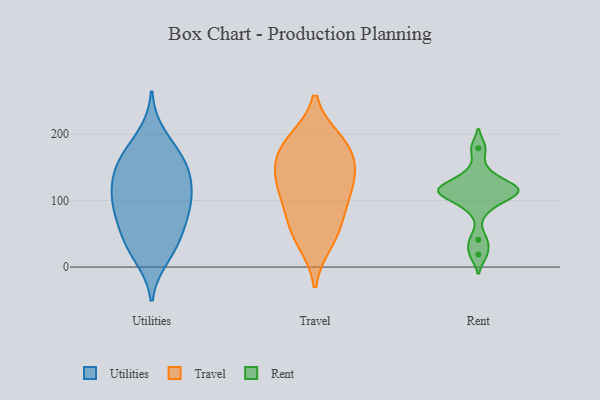
{"axis": {"x": "Customer Acquisition Cost (USD)", "y": "Value"}, "legend": ["Rent", "Travel", "Utilities"], "data": [{"x": "", "y": 159, "type": "Utilities"}, {"x": "", "y": 106, "type": "Utilities"}, {"x": "", "y": 84, "type": "Utilities"}, {"x": "", "y": 199, "type": "Utilities"}, {"x": "", "y": 110, "type": "Utilities"}, {"x": "", "y": 103, "type": "Utilities"}, {"x": "", "y": 78, "type": "Utilities"}, {"x": "", "y": 163, "type": "Utilities"}, {"x": "", "y": 15, "type": "Utilities"}, {"x": "", "y": 125, "type": "Utilities"}, {"x": "", "y": 133, "type": "Utilities"}, {"x": "", "y": 50, "type": "Utilities"}, {"x": "", "y": 69, "type": "Utilities"}, {"x": "", "y": 37, "type": "Utilities"}, {"x": "", "y": 168, "type": "Utilities"}, {"x": "", "y": 25, "type": "Utilities"}, {"x": "", "y": 152, "type": "Utilities"}, {"x": "", "y": 184, "type": "Travel"}, {"x": "", "y": 105, "type": "Travel"}, {"x": "", "y": 179, "type": "Travel"}, {"x": "", "y": 73, "type": "Travel"}, {"x": "", "y": 53, "type": "Travel"}, {"x": "", "y": 139, "type": "Travel"}, {"x": "", "y": 113, "type": "Travel"}, {"x": "", "y": 132, "type": "Travel"}, {"x": "", "y": 39, "type": "Travel"}, {"x": "", "y": 189, "type": "Travel"}, {"x": "", "y": 158, "type": "Travel"}, {"x": "", "y": 179, "type": "Rent"}, {"x": "", "y": 122, "type": "Rent"}, {"x": "", "y": 88, "type": "Rent"}, {"x": "", "y": 106, "type": "Rent"}, {"x": "", "y": 115, "type": "Rent"}, {"x": "", "y": 122, "type": "Rent"}, {"x": "", "y": 112, "type": "Rent"}, {"x": "", "y": 41, "type": "Rent"}, {"x": "", "y": 114, "type": "Rent"}, {"x": "", "y": 143, "type": "Rent"}, {"x": "", "y": 19, "type": "Rent"}]}